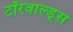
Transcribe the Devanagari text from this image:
टॉरवाल्ड्स